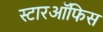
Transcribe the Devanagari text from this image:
स्टारऑफिस